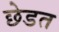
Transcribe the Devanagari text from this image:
छेडत